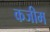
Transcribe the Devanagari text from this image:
कजीम